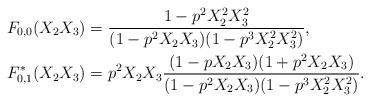
LaTeX: \begin{align*}F_{0,0}(X_2X_3)&=\frac{1-p^2X_2^2X_3^2}{(1-p^2X_2X_3)(1-p^3X_2^2X_3^2)},\\F^*_{0,1}(X_2X_3)&=p^2X_2X_3\frac{(1-pX_2X_3)(1+p^2X_2X_3)}{(1-p^2X_2X_3)(1-p^3X_2^2X_3^2)}.\end{align*}